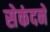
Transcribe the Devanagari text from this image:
सेकंदने